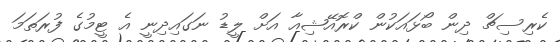
ކެރިސިޗް ދިން ބޯޅައަކުން ކްރޮއޭޝިއާ އަށް ލީޑު ނަގައިދިނީ އެ ޓީމުގެ ފުރަތަމަ